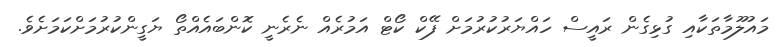
މައުލޫމާތަކާއި ގުޅިގެން ރައީސް ހައްޔަރުކުރުމަށް ފޭކް ކޯޓް އަމުރެއް ނެރެނީ ކޮންބައެއްތޯ ޔަގީންކުރުމަށްކަމަށެވެ.